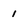
Character: 1